Annual returns of the Patna Lunatic Asylum at Bankipore in Bihar and Orissa - 1912-1924
Year: 1912
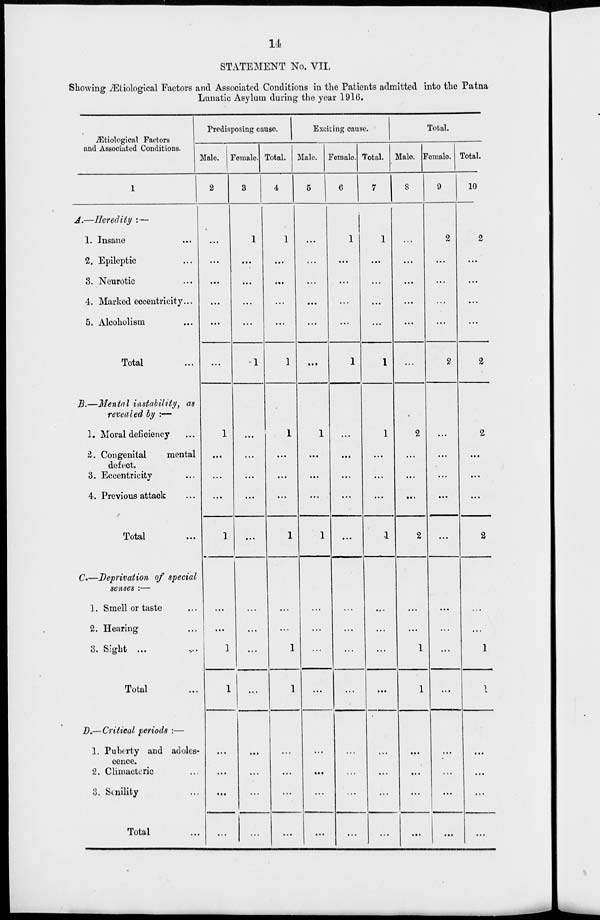
14
STATEMENT No. VII.
Showing Ætiological Factors and Associated Conditions in the Patients admitted into the Patna
Lunatic Asylum during the year 1916.
Ætiological Factors
and Associated Conditions.
1
A.—Heredity : —
1. Insane ...
2. Epileptic ...
3. Neurotic ...
4. Marked eccentricity...
5. Alcoholism ...
Total ...
B.—Mental instability, as
revealed by :—
1. Moral deficiency ...
2. Congenital
mental
defect.
3. Eccentricity ...
4. Previous attack ...
Total ...
C.—Deprivation of special
senses :—
1. Smell or taste ...
2. Hearing ...
3. Sight ... ...
Total ...
D.— Critical periods :—
1. Puberty and adoles-
cence.
2. Climacteric ...
3. Senility ...
Total ...
Predisposing cause.
Male.
2
...
...
...
...
...
...
1
...
...
...
1
...
...
1
1
...
...
...
...
Female.
3
1
...
...
...
...
1
...
...
...
...
...
...
...
...
...
...
...
...
...
Total.
4
1
...
...
...
...
1
1
...
...
...
1
...
...
1
1
...
...
...
...
Exciting cause.
Male.
5
...
...
...
...
...
...
1
...
...
...
1
...
...
...
...
...
...
...
...
Female.
6
1
...
...
...
...
1
...
...
...
...
...
...
...
...
...
...
...
...
...
Total.
7
1
...
...
...
...
1
1
...
...
...
1
...
...
...
...
...
...
...
...
Total.
Male.
8
...
...
...
...
...
...
2
...
...
...
2
...
...
1
1
...
...
...
...
Female.
9
2
...
...
...
...
2
...
...
...
...
...
...
...
...
...
...
...
...
...
Total.
10
2
...
...
...
...
2
2
...
...
...
2
...
...
1
1
...
...
...
...